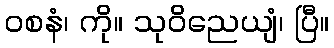
ဝစနံ၊ ကို။ သုဝိညေယျံ၊ ပြီ။